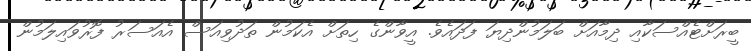
ބީރަށްޓެއްސަކާއި ދިމާއަށް ބަލަމުންދިޔަ ފަދައެވެ. އީވާންގެ ހިތަށް އެކަމުން ތަދުވިއަސް އެއަސަރު ފޮރުވައިލަމުން